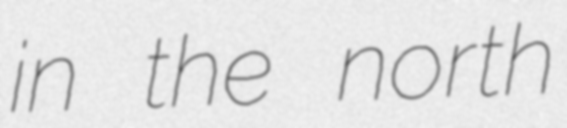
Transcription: in the north